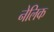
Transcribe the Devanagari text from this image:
नेलिक